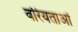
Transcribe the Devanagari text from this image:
वरियताओं